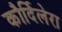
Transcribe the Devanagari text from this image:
कौर्दिलेरा